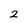
Character: 2